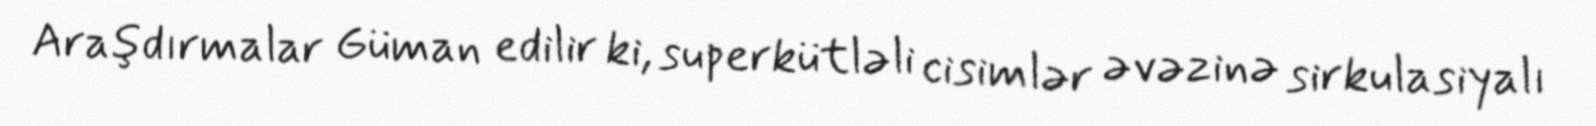
Araşdırmalar Güman edilir ki, superkütləli cisimlər əvəzinə sirkulasiyalı